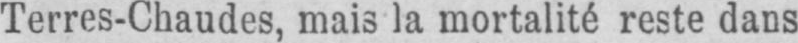
Terres-Chaudes, mais la mortalité reste dans